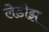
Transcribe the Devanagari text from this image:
लेडीझ